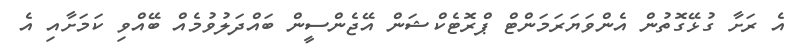
އެ ރަށާ ގުޅޭގޮތުން އެންވަޔަރަމަންޓް ޕްރޮޓެކްޝަން އޭޖެންސީން ބައްދަލުވުމެއް ބޭއްވި ކަމަށާއި އެ